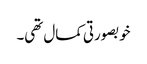
خوبصورتی کمال تھی۔